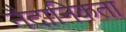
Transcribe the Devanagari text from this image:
नैदानिकता